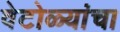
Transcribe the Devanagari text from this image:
वेटोळ्यांचा